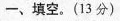
一、填空。(13分)